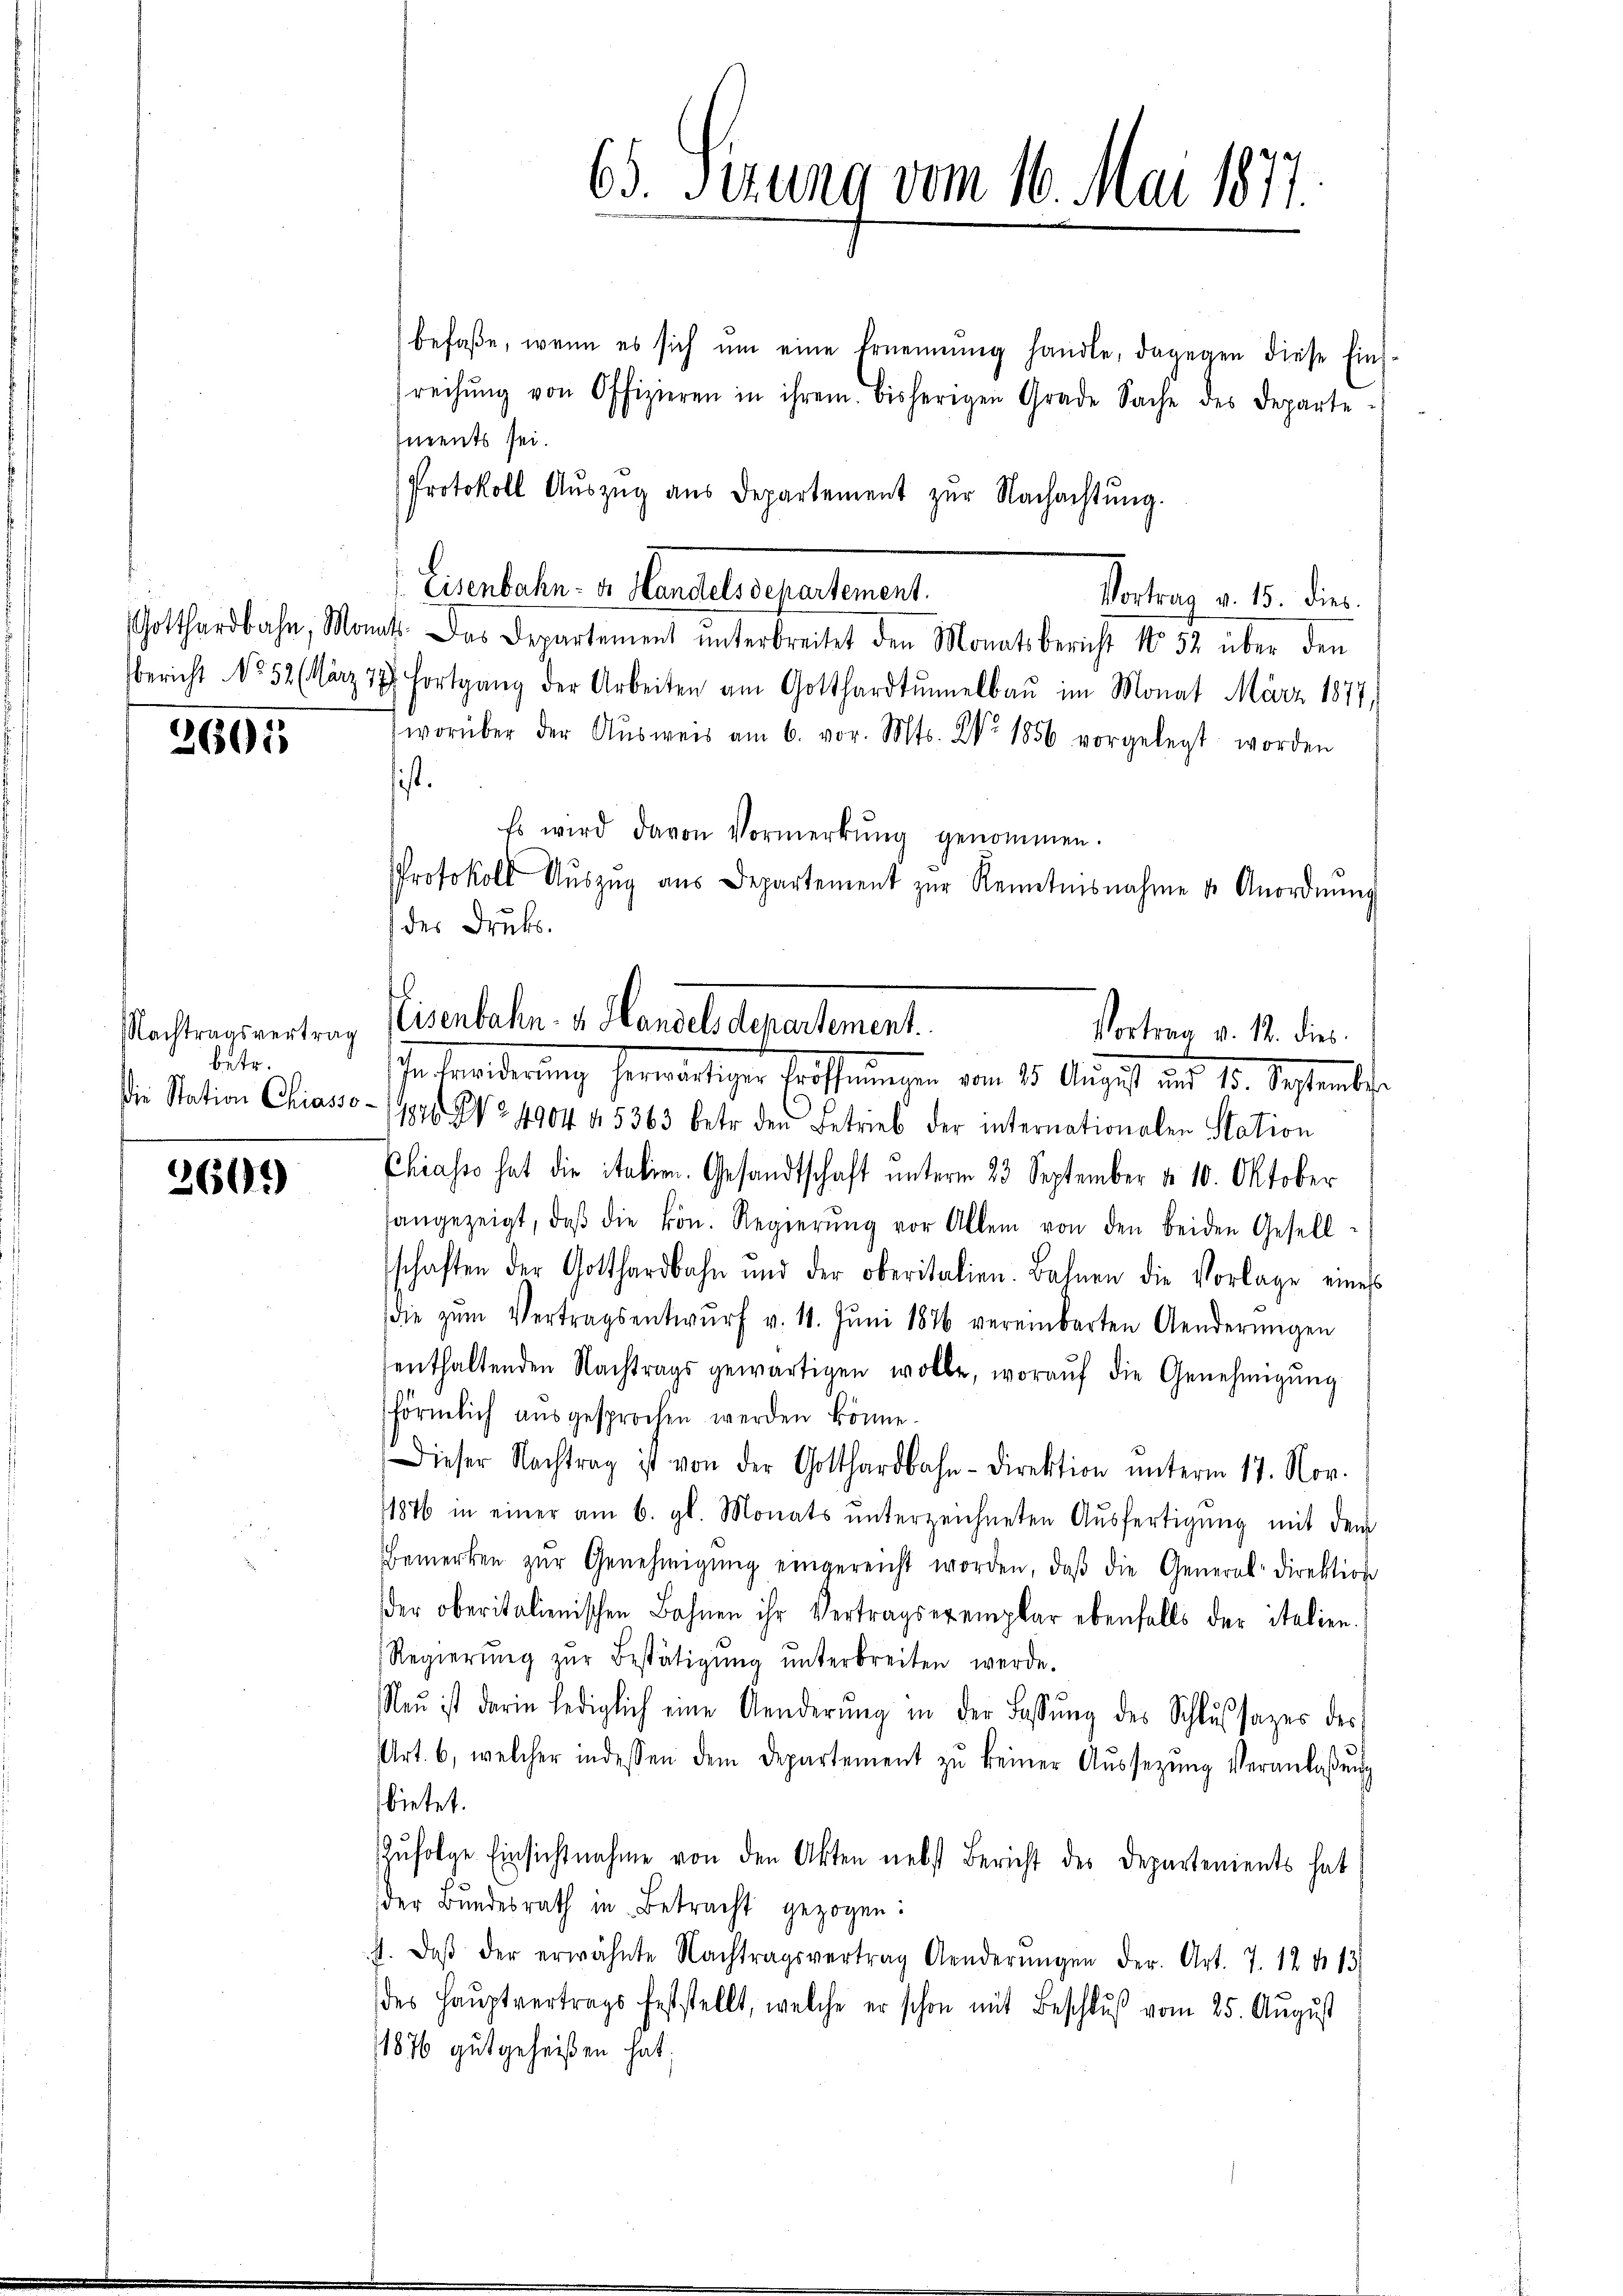
3601

Nachtragsvertrag
betr.
Die Station Chiasso-

2609

befaβe, wenn es sich ŭm eine Ernennung handle, dagegen diese Eins-
reihung von Offizieren in ihrem bisherigen Grade Sache des Departe
neents sei.
Protokoll Aŭszŭg aŭs Departement zŭr Nachachtŭng.
Eisenbahn der Handel Departement.
Vortrag v. 15. dies
Gotthardbahn, Monat. Das Departement ŭnterbreitet den Monatsbericht No 52 über den
bericht No. 52 (März 18 Fortgang der Arbeiten am Gotthardtŭmelbaŭ im Monat März 1877,
worüber der Aŭsweis am 6. vor. Mts. No. 1856 vorgelegt worden
ist.
Es wird davon Vormerkŭng genommen.
Protokoll Aŭszŭg aŭs Departement zŭr Kenntnisnahme u. Anordnŭng
des Druks

65. Sirung vom 16. Mai 1877.

Eisenbahn- u. Handelsdepartement.
Vortrag v. 14. dies
Inforderung herwärtiger Eröffnungen vom 15. August des 12. September

1820 No 4904 f. 5363 betr. den Betrieb der internationalen Station
Chiasso hat die italien. Gesandtschaft unterm 23. September v. 10. Oktober
angezeigt, daβ die kön. Regierŭng vor Allem von den beiden Gesell-
schaften der Gotthardbahn und der oberitalien. Bahnen die Vorlage eines
die zŭm Vertragsentwŭrf v. 11. Jŭni 1876 vereinbarten Aenderŭngen
enthaltenden Nachtrags gewärtigen wolle, woraŭf die Genehmigŭng
förmlich ausgesprochen werden könne.
Dieser Nachtrag ist von der Gotthardbahn-Direktion ŭnterm 17. Nov.
1876 in einer am 6. gl. Monats ŭnterzeichneten Aŭsfertigŭng mit dem
Bemerken zŭr Genehmigŭng eingereicht worden, daβ die General-Direktion
der oberitalienischen Bahnen ihr Vertragsexemplar ebenfalls der italien.
Regierŭng zŭr Bestätigŭng ŭnterbreiten werde.
Neŭ ist darin lediglich eine Aenderŭng in der Fassŭng des Schlŭssages des
Art. 6, welcher indessen dem Departement zŭ keiner Aŭssezŭng Veranlassŭng
bietet.
Zŭfolge Einsichtnahme von den Akten nebst Bericht des Departenients hat
der Bŭndesrath in Betracht gezogen:
s. daβ der erwähnte Nachtragsvertrag Aenderŭngen der Art. 7. 12 No 13
des Hauptvertrags feststellt, welche er schon mit Beschlŭβ vom 25. August
1876 gutgeheißen hat;